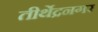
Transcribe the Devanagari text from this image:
तीर्थेद्रनगर